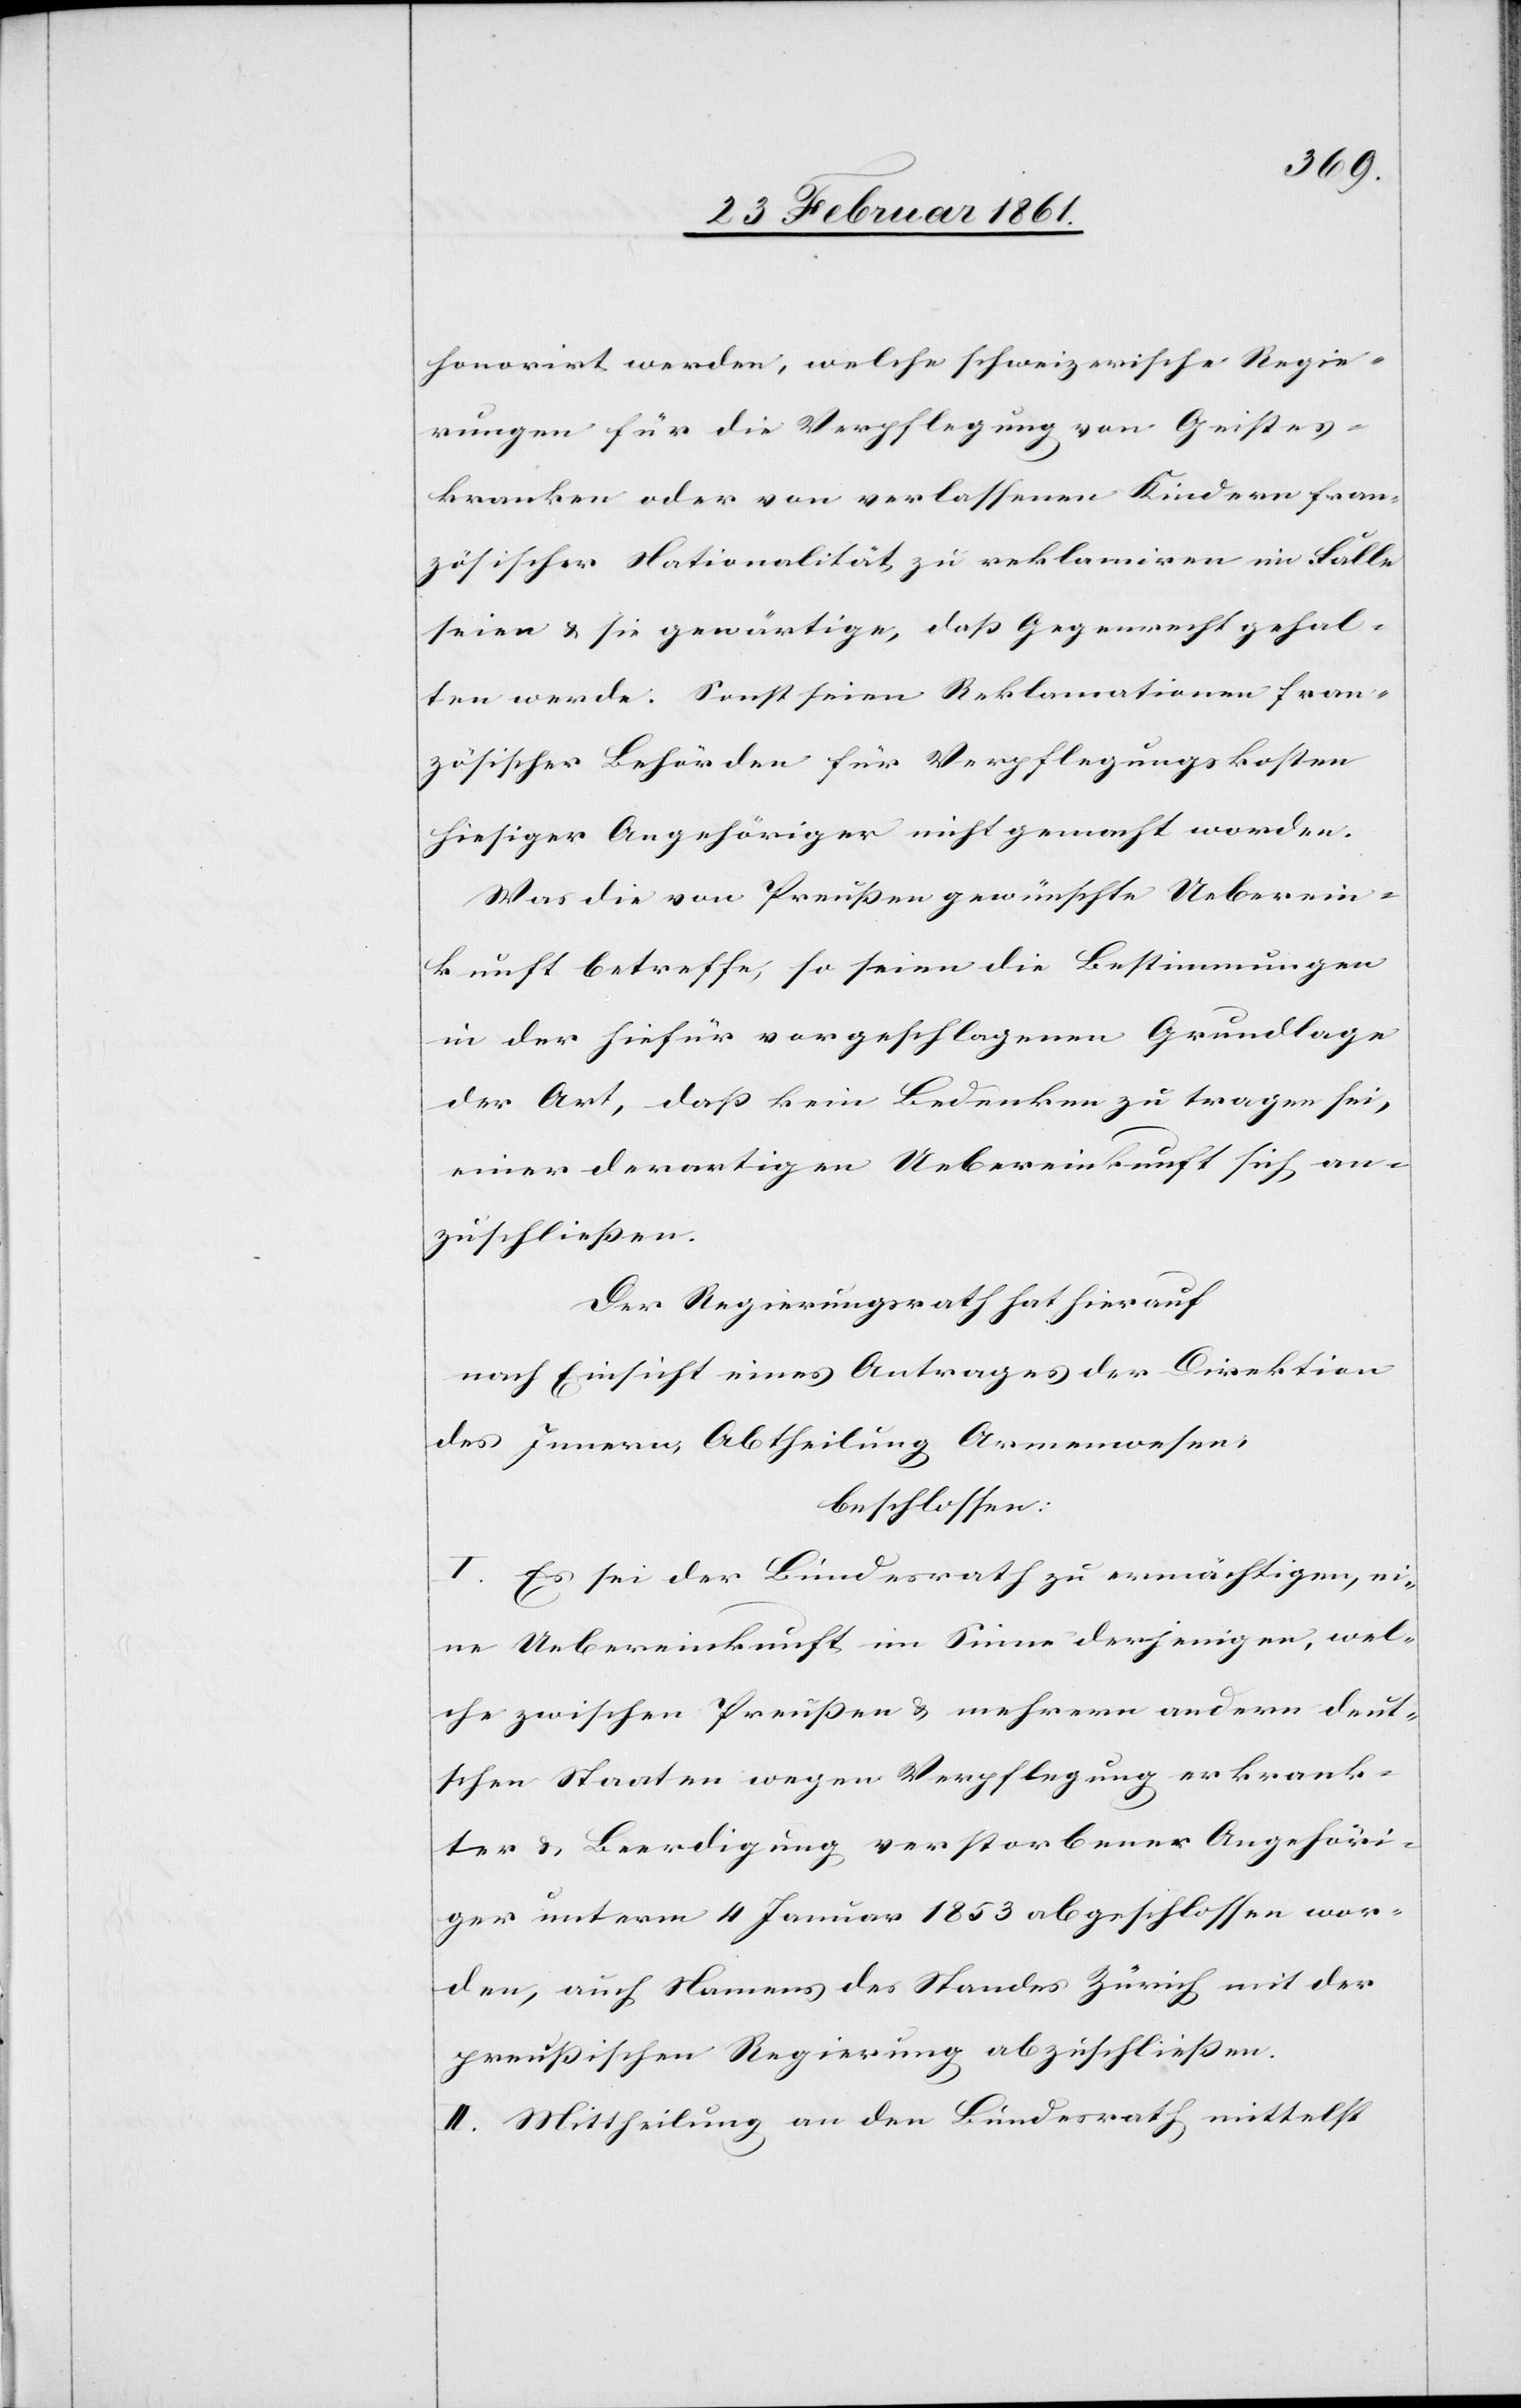
honorirt werden, welche schweizerische Regie¬
rungen für die Verpflegung von Geistes¬
kranken oder von verlassenen Kindern fran¬
zösischer Nationalität, zu reklamiren im Falle
seien u. sie gewärtige, dass Gegenrecht gehal¬
ten werde. Sonst seien Reklamationen fran¬
zösischer Behörden für Verpflegungskosten
hiesiger Angehöriger nicht gemacht worden.
Was die von Preussen gewünschte Ueberein¬
kunft betreffe, so seien die Bestimmungen
in der hiefür vorgeschlagenen Grundlage
der Art, dass kein Bedenken zu tragen sei,
einer derartigen Uebereinkunft sich an¬
zuschliessen.
Der Regierungsrath hat hierauf
nach Einsicht eines Antrages der Direktion
des Innern, Abtheilung Armenwesen,
beschlossen:
I. Es sei der Bundesrath zu ermächtigen, ei¬
ne Uebereinkunft im Sinne derjenigen, wel¬
che zwischen Preussen u. mehrern andern deut¬
schen Staaten wegen Verpflegung erkrank¬
ter u. Beerdigung verstorbener Angehöri¬
ger unterm 4. Januar 1853 abgeschlossen wor¬
den, auch Namens des Standes Zürich mit der
preussischen Regierung abzuschliessen.
II. Mittheilung an den Bundesrath mittelst